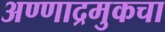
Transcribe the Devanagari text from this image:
अण्णाद्रमुकचा